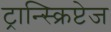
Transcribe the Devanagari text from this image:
ट्रान्स्क्रिप्टेज